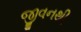
જીવનથી